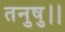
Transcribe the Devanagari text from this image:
तनुषु।।